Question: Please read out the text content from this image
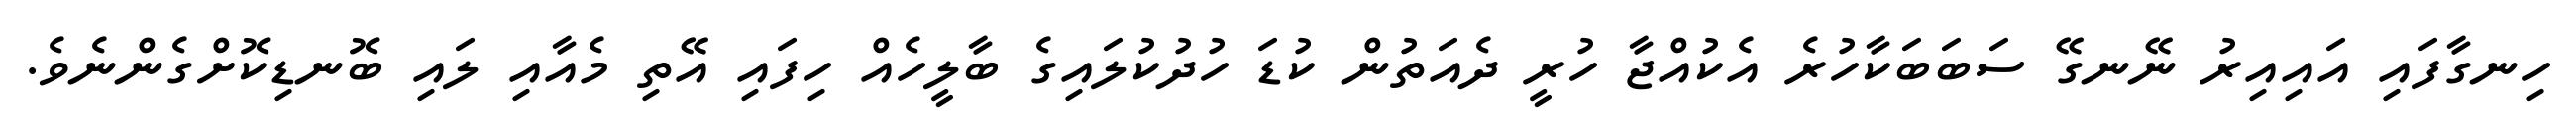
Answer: ހިނގާފައި އައިއިރު ނޭނގޭ ސަބަބަކާހުރެ އެކުއްޖާ ހުރީ ދެއަތުން ކުޑަ ހުދުކުލައިގެ ބާލީހެއް ހިފައި އޭތި މެއާއި ލައި ބޮނޑިކޮށްގެންނެވެ.